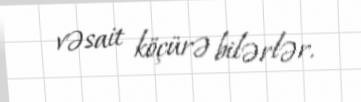
vəsait köçürə bilərlər.